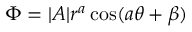
\Phi = | A | r ^ { a } \cos ( a \theta + \beta )